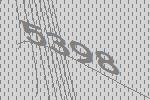
5398